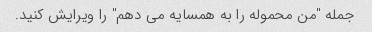
جمله "من محموله را به همسایه می دهم" را ویرایش کنید.